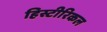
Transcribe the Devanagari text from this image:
हिस्टीरिकल